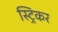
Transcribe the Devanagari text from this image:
स्ट्रिकर